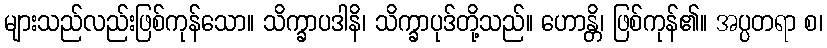
များသည်လည်းဖြစ်ကုန်သော။ သိက္ခာပဒါနိ၊ သိက္ခာပုဒ်တို့သည်။ ဟောန္တိ၊ ဖြစ်ကုန်၏။ အပ္ပတရာ စ၊